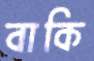
বাকি